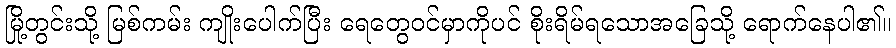
မြို့တွင်းသို့ မြစ်ကမ်း ကျိုးပေါက်ပြီး ရေတွေဝင်မှာကိုပင် စိုးရိမ်ရသောအခြေသို့ ရောက်နေပါ၏။